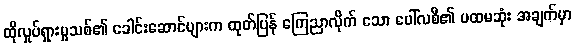
ထိုလှုပ်ရှားမှုသစ်၏ ခေါင်းဆောင်များက ထုတ်ပြန် ကြေညာလိုက် သော ပေါ်လစီ၏ ပထမဆုံး အချက်မှာ